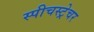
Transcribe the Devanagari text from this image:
स्पीचस्ट्रेचर